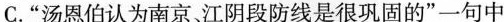
C.”汤恩伯认为南京、江阴段防线是很巩固的”一句中